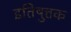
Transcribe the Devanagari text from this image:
इतिषुत्तक